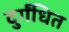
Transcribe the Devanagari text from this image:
दुर्गंधित